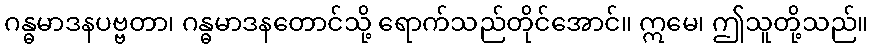
ဂန္ဓမာဒနပဗ္ဗတာ၊ ဂန္ဓမာဒနတောင်သို့ ရောက်သည်တိုင်အောင်။ ဣမေ၊ ဤသူတို့သည်။